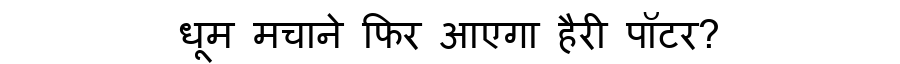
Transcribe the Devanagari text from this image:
धूम मचाने फिर आएगा हैरी पॉटर?